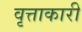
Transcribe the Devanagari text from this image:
वृत्ताकारी